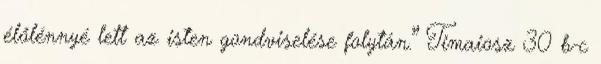
élőlénnyé lett az isten gondviselése folytán.” Timaiosz 30 b-c